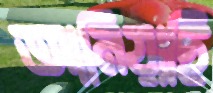
আনিয়াছি